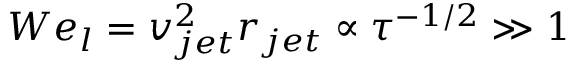
W e _ { l } = v _ { j e t } ^ { 2 } r _ { j e t } \propto \tau ^ { - 1 / 2 } \gg 1